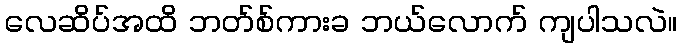
လေဆိပ်အထိ ဘတ်စ်ကားခ ဘယ်လောက် ကျပါသလဲ။